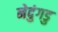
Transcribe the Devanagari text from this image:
नेदुंगडु